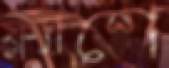
ফ্ল্যাশে